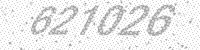
Solution: 621026